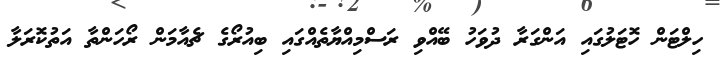
ހިލްޓަން ހޮޓަލުގައި އަންގަރާ ދުވަހު ބޭއްވި ރަސްމިއްޔާތެއްގައި ބިއުރޯގެ ޗެއާމަން ރޯހަންތާ އަތުކޮރަލާ